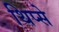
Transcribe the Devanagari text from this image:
थिप्से